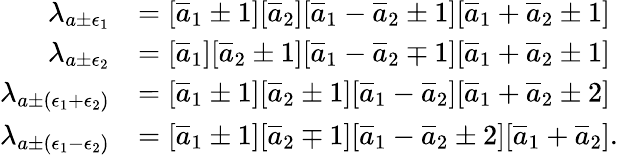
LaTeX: \begin{array}{rl}{\lambda_{a\pm\epsilon_{1}}}&{=[\overline{{a}}_{1}\pm 1][\overline{{a}}_{2}][\overline{{a}}_{1}-\overline{{a}}_{2}\pm 1][\overline{{a}}_{1}+\overline{{a}}_{2}\pm 1]}\\ {\lambda_{a\pm\epsilon_{2}}}&{=[\overline{{a}}_{1}][\overline{{a}}_{2}\pm 1][\overline{{a}}_{1}-\overline{{a}}_{2}\mp 1][\overline{{a}}_{1}+\overline{{a}}_{2}\pm 1]}\\ {\lambda_{a\pm(\epsilon_{1}+\epsilon_{2})}}&{=[\overline{{a}}_{1}\pm 1][\overline{{a}}_{2}\pm 1][\overline{{a}}_{1}-\overline{{a}}_{2}][\overline{{a}}_{1}+\overline{{a}}_{2}\pm 2]}\\ {\lambda_{a\pm(\epsilon_{1}-\epsilon_{2})}}&{=[\overline{{a}}_{1}\pm 1][\overline{{a}}_{2}\mp 1][\overline{{a}}_{1}-\overline{{a}}_{2}\pm 2][\overline{{a}}_{1}+\overline{{a}}_{2}].}\end{array}